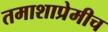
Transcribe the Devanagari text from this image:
तमाशाप्रेमीच